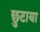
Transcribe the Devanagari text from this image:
छुटाया